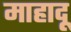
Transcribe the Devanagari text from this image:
माहादू